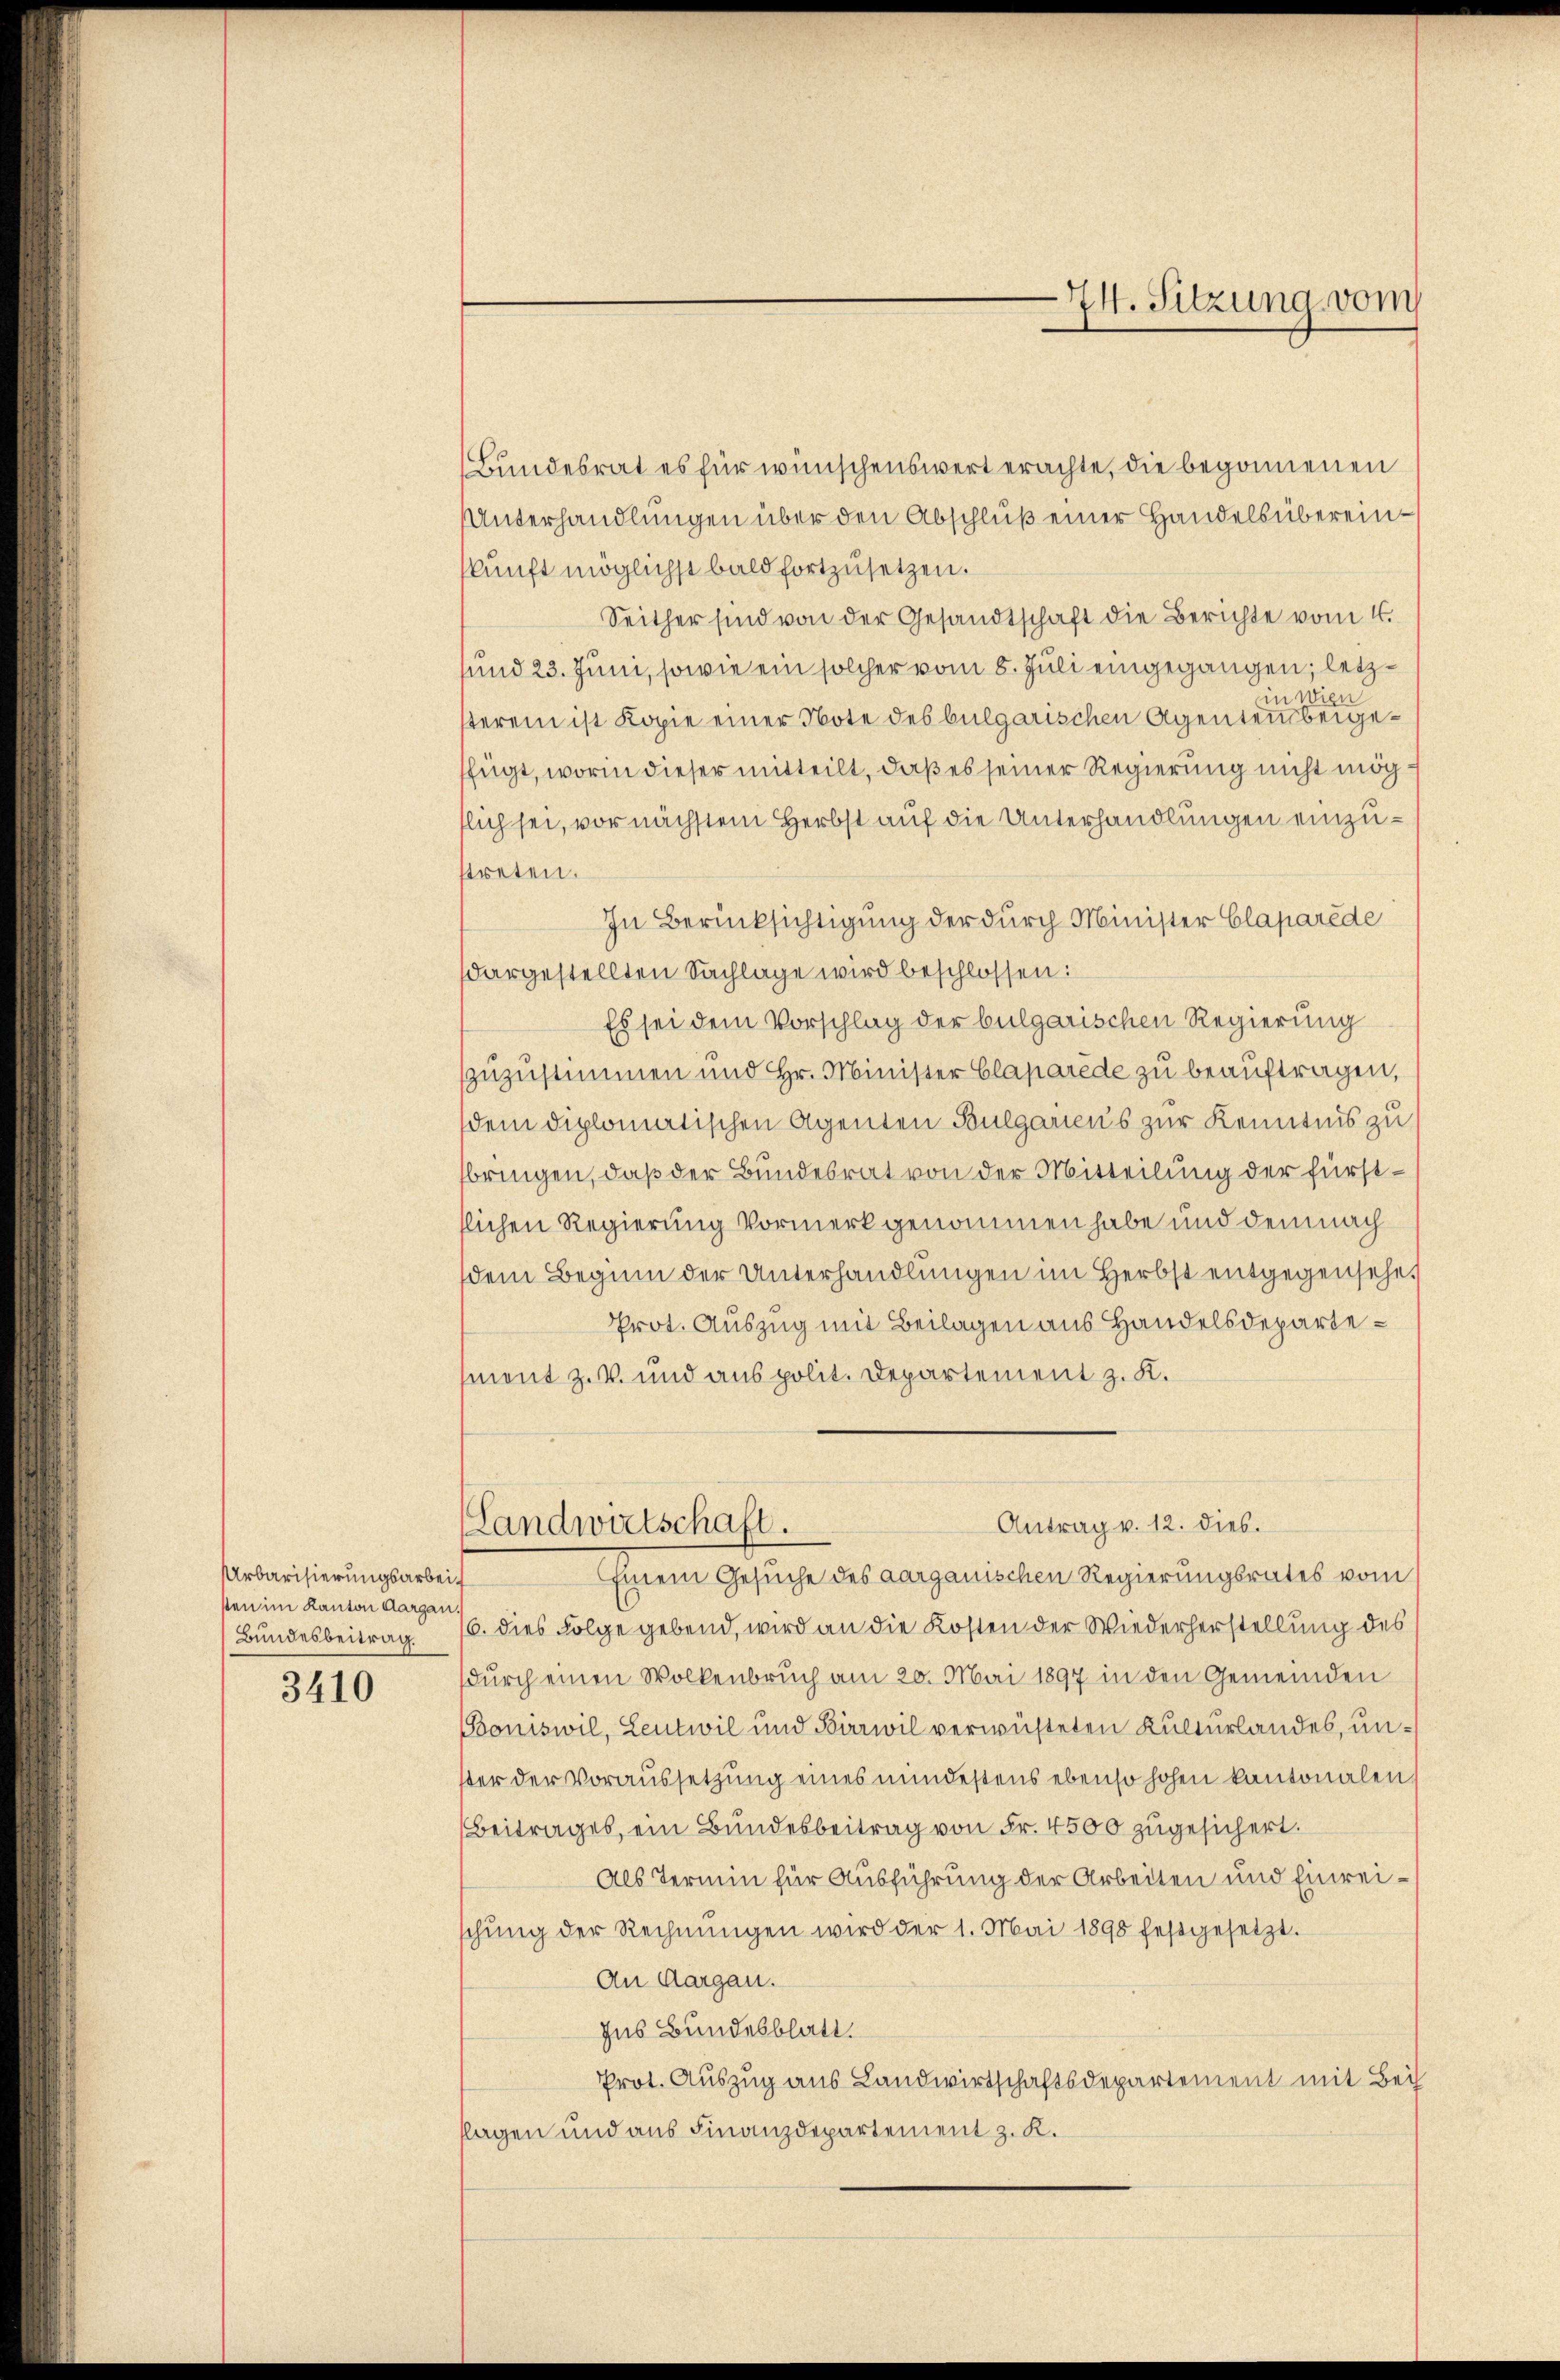
Urbarisierungsarbeit
sten im Kanton Aargau,
Bundesbeitrag.

3410

Bundesrat es für wünschenswert erachte, die begonnenen
Unterhandlungen über den Abschluß einer Handels übereinskunft möglichst bald fortzusetzen.
Seither sind von der Gesandtschaft die Berichte vom 4.
uund 23. Juni, sowie ein solcher vom 8. Juli eingegangen; letzin Wien
sterem ist Kopie einer Note des bulgarischen Agenten beigefügt, worin dieser mitteilt, daß es seiner Regierung nicht mögflich sei, vor nächstem Herbst auf die Unterhandlungen einzustreten.
In Berücksichtigung der durch Minister Claparede
dargestellten Sachlage wird beschlossen:
Es sei dem Vorschlag der bulgarischen Regierung
zuzustimmen und Hr. Minister Claparede zu beauftragen,
dem diplomatischen Agenten Bulgariens zur Kenntnis zu
bringen, daß der Bundesrat von der Mitteilung der fürstflichen Regierung Vormerk genommen habe und demnach
dem Beginn der Unterhandlŭngen im Herbst entgegensehe.
Prot. Auszug mit Beilagen aus Handelsdepartement z. B. und aus polit. Departement z. K.

6. dies Folge gebend, wird an die Kosten der Wiederherstellung des
durch einen Wolkenbruch am 20. Mai 1897 in den Gemeinden
Boniswil, Leutwil und Birrwil verwüsteten Kulturlandes, unster der Voraussetzung eines mindestens ebenso hohen kantonalen
Beitrages, ein Bundesbeitrag von Fr. 4500 zugesichert.
Als Termin für Ausführung der Arbeiten und Einreischŭng der Rechnŭngen wird der 1. Mai 1898 festgesetzt.
An Aargau.
Ins Bundesblatt.
Prot. Auszug aus Landwirtschaftsdepartement mit Bei
flagen und aus Finanzdepartement z. K.

74. Sitzung vom

Antrag v. 12. dies.
Landwirtschaft.
Einem Gesuche des aargauischen Regierungsrates vom